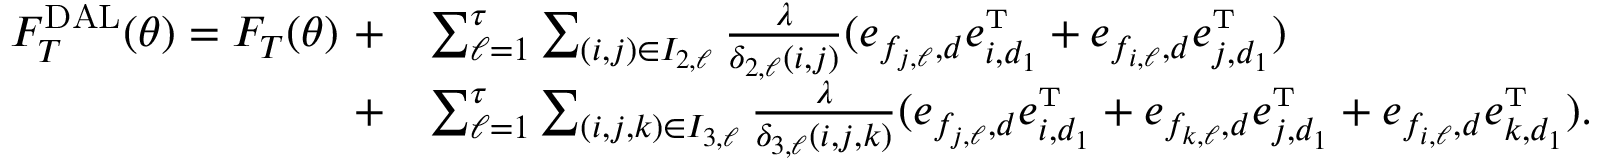
\begin{array} { r l } { F _ { T } ^ { \mathrm { D A L } } ( \theta ) = F _ { T } ( \theta ) \ + } & { \sum _ { \ell = 1 } ^ { \tau } \sum _ { ( i , j ) \in I _ { 2 , \ell } } \frac { \lambda } { \delta _ { 2 , \ell } ( i , j ) } ( e _ { f _ { j , \ell } , d } e _ { i , d _ { 1 } } ^ { \mathrm { \scriptscriptstyle T } } + e _ { f _ { i , \ell } , d } e _ { j , d _ { 1 } } ^ { \mathrm { \scriptscriptstyle T } } ) } \\ { + } & { \sum _ { \ell = 1 } ^ { \tau } \sum _ { ( i , j , k ) \in I _ { 3 , \ell } } \frac { \lambda } { \delta _ { 3 , \ell } ( i , j , k ) } ( e _ { f _ { j , \ell } , d } e _ { i , d _ { 1 } } ^ { \mathrm { \scriptscriptstyle T } } + e _ { f _ { k , \ell } , d } e _ { j , d _ { 1 } } ^ { \mathrm { \scriptscriptstyle T } } + e _ { f _ { i , \ell } , d } e _ { k , d _ { 1 } } ^ { \mathrm { \scriptscriptstyle T } } ) . } \end{array}